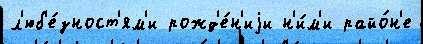
л'юб'е́зност'ям'и рожд'е́н'иjи н'и́м'и райо́н'е